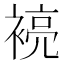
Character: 𮖞